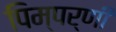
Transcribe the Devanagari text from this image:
पिम्पर्णी